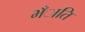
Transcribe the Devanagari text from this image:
भँाति